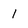
Character: 1